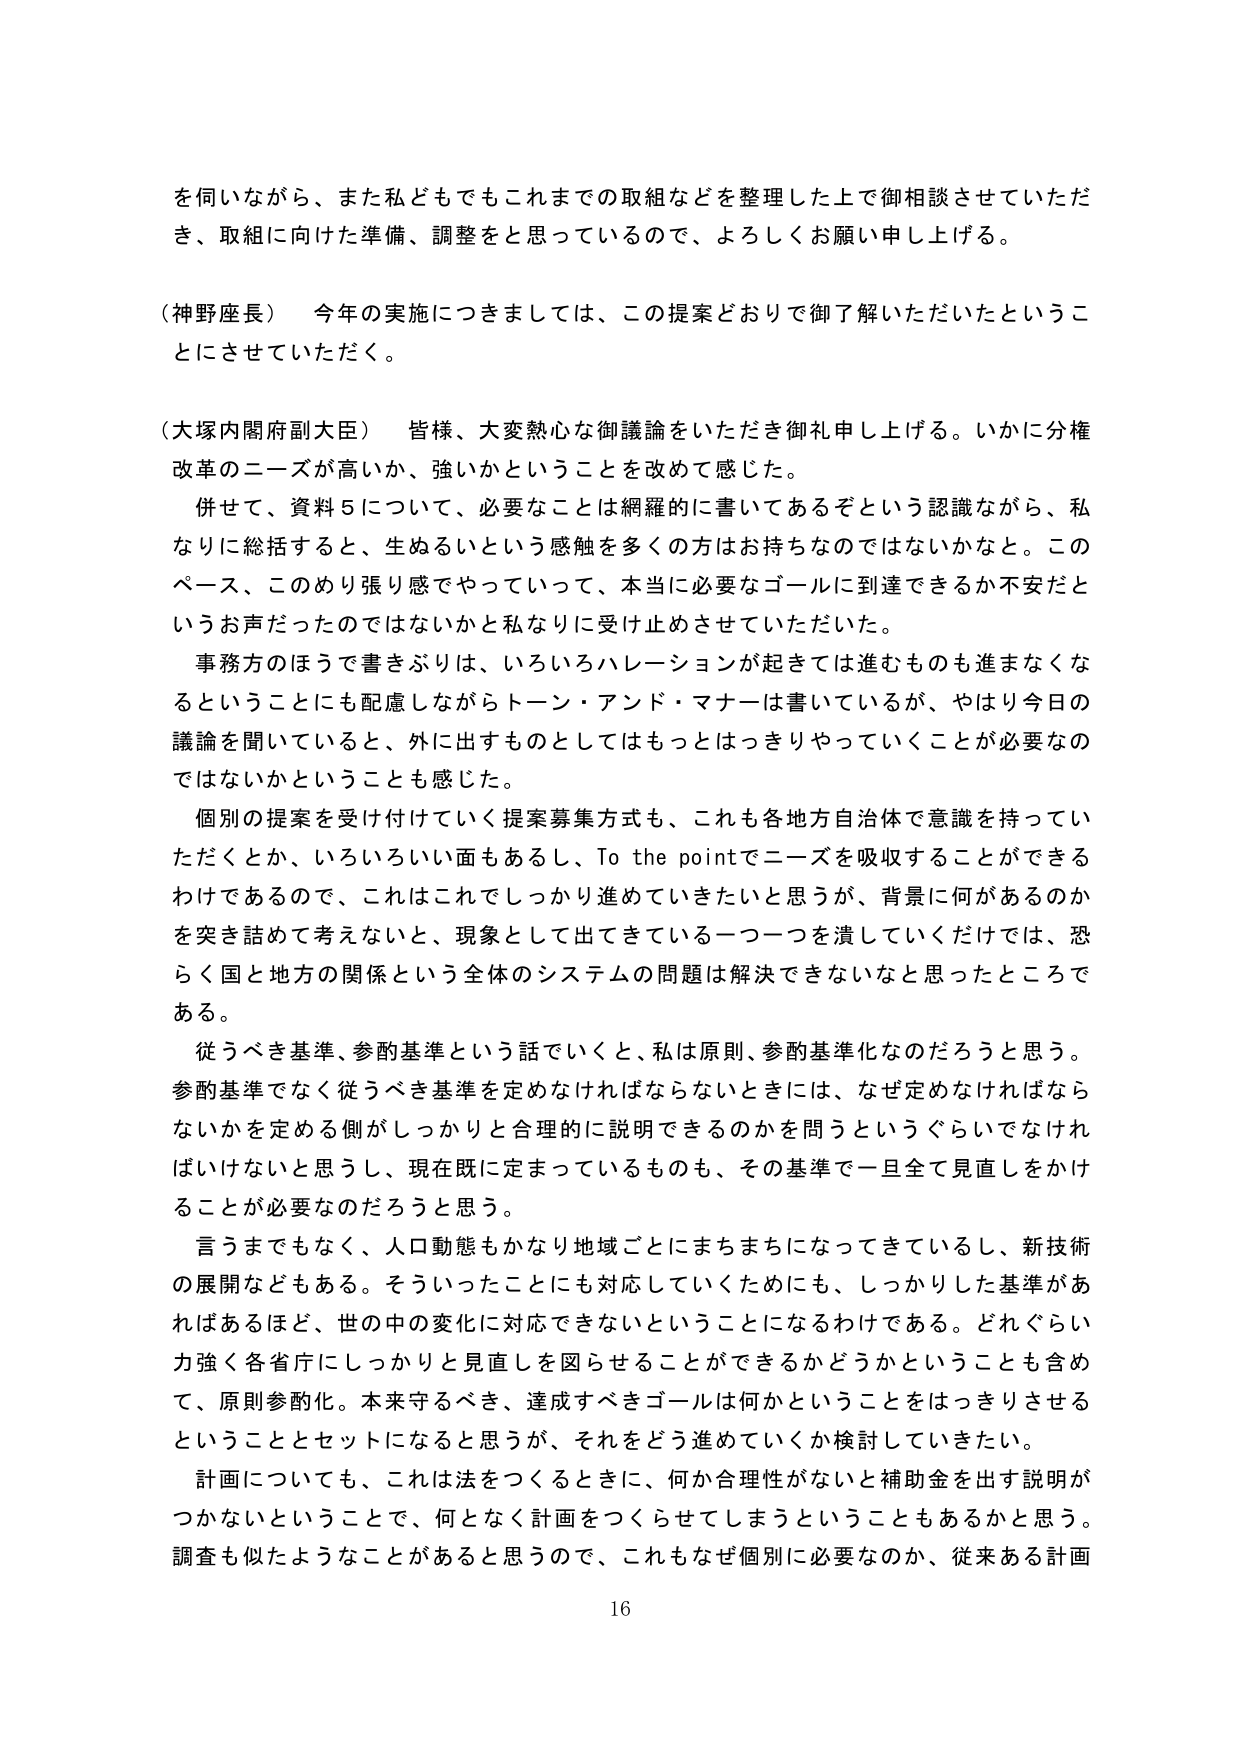
を伺いながら、また私どもでもこれまでの取組などを整理した上で御相談させていただき、取組に向けた準備、調整をと思っているので、よろしくお願い申し上げる。

（神野座長） 今年の実施につきましては、この提案どおりで御了解いただいたということにさせていただく。

（大塚内閣府副大臣） 皆様、大変熱心な御議論をいただき御礼申し上げる。いかに分権改革のニーズが高いか、強いかということを改めて感じた。

　併せて、資料５について、必要なことは網羅的に書いてあるぞという認識ながら、私なりに総括すると、生ぬるいという感触を多くの方はお持ちなのではないかなと。このペース、このめり張り感でやっていって、本当に必要なゴールに到達できるか不安だというお声だったのではないかと私なりに受け止めさせていただいた。

　事務方のほうで書きぶりは、いろいろハレーションが起きては進むものも進まなくなるということにも配慮しながらトーン・アンド・マナーは書いているが、やはり今日の議論を聞いていると、外に出すものとしてはもっとはっきりやっていくことが必要なのではないかということも感じた。

　個別の提案を受け付けていく提案募集方式も、これも各地方自治体で意識を持っていただくとか、いろいろい面もあるし、To the pointでニーズを吸収することができるわけであるので、これはこれでしっかり進めていきたいと思うが、背景に何があるのかを突き詰めて考えないと、現象として出てきている一つ一つを潰していくだけでは、恐らく国と地方の関係という全体のシステムの問題は解決できないと思ったところである。

　従うべき基準、参酌基準という話でいくと、私は原則、参酌基準化なのだろうと思う。参酌基準でなく従うべき基準を定めなければならないときには、なぜ定めなければならないかを定める側がしっかりと合理的に説明できるのかを問うというぐらいでなければいけないと思うし、現在既に定まっているものも、その基準で一旦全て見直しをかけることが必要なのだろうと思う。

　言うまでもなく、人口動態もかなり地域ごとにまちまちになってきているし、新技術の展開などもある。そういったことにも対応していくためにも、しっかりした基準があればあるほど、世の中の変化に対応できないということになるわけである。どれぐらい力強く各省庁にしっかりと見直しを図らせることができるかどうかということも含めて、原則参酌化。本来守るべき、達成すべきゴールは何かということをはっきりさせるということとセットになると思うが、それをどう進めていくか検討していきたい。

　計画についても、これは法をつくるときに、何か合理性がないと補助金を出す説明がつかないということで、何となく計画をつくらせてしまうということもあるかと思う。調査も似たようなことがあると思うので、これもなぜ個別に必要なのか、従来ある計画

16